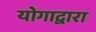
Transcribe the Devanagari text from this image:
योगाद्वारा